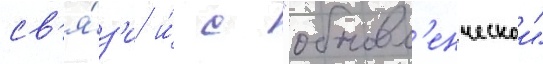
св'я́з'и и́ с "обновл'енческои"